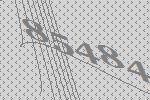
85484